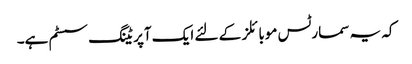
کہ یہ سمارٹس موبائلز کے لئے ایک آپریٹنگ سسٹم ہے۔